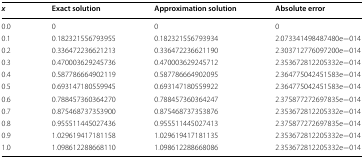
| x | Exact solution | Approximation solution | Absolute error |
 | --- | --- | --- | --- |
 | 0.0 | 0 | 0 | 0 |
 | 0.1 | 0.182321556793955 | 0.182321556793934 | 2.073341498487480e−014 |
 | 0.2 | 0.336472236621213 | 0.336472236621190 | 2.303712776097200e−014 |
 | 0.3 | 0.470003629245736 | 0.470003629245712 | 2.353672812205332e−014 |
 | 0.4 | 0.587786664902119 | 0.587786664902095 | 2.364775042451583e−014 |
 | 0.5 | 0.693147180559945 | 0.693147180559922 | 2.364775042451583e−014 |
 | 0.6 | 0.788457360364270 | 0.788457360364247 | 2.375877272697835e−014 |
 | 0.7 | 0.875468737353900 | 0.875468737353876 | 2.353672812205332e−014 |
 | 0.8 | 0.955511445027436 | 0.955511445027413 | 2.375877272697835e−014 |
 | 0.9 | 1.029619417181158 | 1.029619417181135 | 2.353672812205332e−014 |
 | 1.0 | 1.098612288668110 | 1.098612288668086 | 2.353672812205332e−014 |